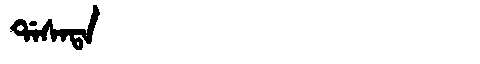
Manchu: ᡩᠠᠰᠠᡨᠠ
Romanization: DASATA